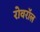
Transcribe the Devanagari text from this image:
रोवरॉल